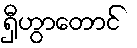
ရှီဟွာတောင်